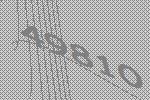
49810